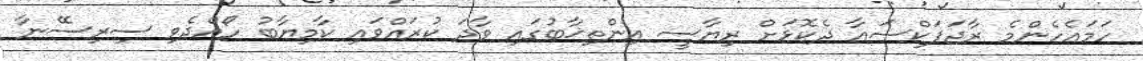
ހަމައެހެންމެ ރާޖަޕަކްސައާ ދެކޮޅަށް ރިޔާސީ އިންތިޚާބުގައި ވާދަ ކުރައްވައި ކާމިޔާބު ހޯއްދެވި ސިރިސޭނާ